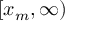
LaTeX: [ x _ { m } , \infty )